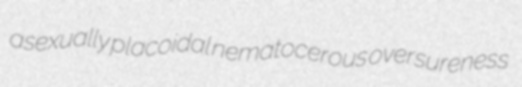
asexually placoidal nematocerous oversureness